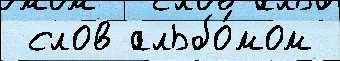
 слов альбо́мом